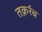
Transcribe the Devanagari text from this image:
तक़र्रब